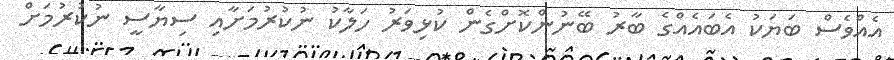
އެއްވެސް ބަޔަކު އެބައެއްގެ ބާރު ބޭނުންކޮށްގެން ކުޅިވަރު ހަލާކު ނުކުރުމަށާއި ސިޔާސީ ނުކުރުމަށް